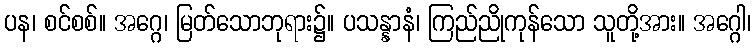
ပန၊ စင်စစ်။ အဂ္ဂေ၊ မြတ်သောဘုရား၌။ ပသန္နာနံ၊ ကြည်ညိုကုန်သော သူတို့အား။ အဂ္ဂေါ၊